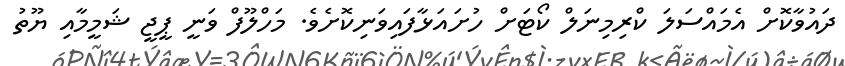
ދައުވާކޮށް އެމައްސަލަ ކްރިމިނަލް ކޯޓަށް ހުށައަޅާފައިވަނިކޮށެވެ. މަހްލޫފް ވަނީ ޕީޖީ ޝަމީމާއި ޔޫތު